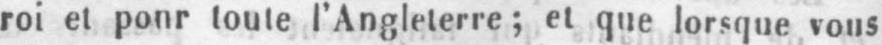
roi et ponr toute l’Angleterre; et que lorsque vous